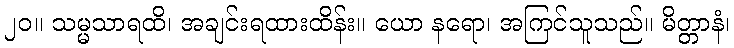
၂၀။ သမ္မသာရထိ၊ အချင်းရထားထိန်း။ ယော နရော၊ အကြင်သူသည်။ မိတ္တာနံ၊